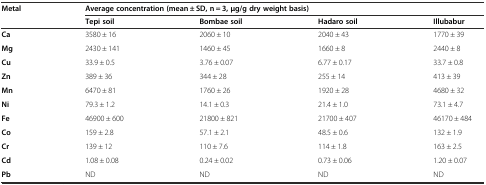
| <ROWSPAN=2> Metal | <COLSPAN=4> Average concentration (mean ± SD, n = 3, μg/g dry weight basis) |
 | Tepi soil | Bombae soil | Hadaro soil | Illubabur |
 | --- | --- | --- | --- | --- |
 | Ca | 3580 ± 16 | 2060 ± 10 | 2040 ± 43 | 1770 ± 39 |
 | Mg | 2430 ± 141 | 1460 ± 45 | 1660 ± 8 | 2440 ± 8 |
 | Cu | 33.9 ± 0.5 | 3.76 ± 0.07 | 6.77 ± 0.17 | 33.7 ± 0.8 |
 | Zn | 389 ± 36 | 344 ± 28 | 255 ± 14 | 413 ± 39 |
 | Mn | 6470 ± 81 | 1760 ± 26 | 1920 ± 28 | 4680 ± 32 |
 | Ni | 79.3 ± 1.2 | 14.1 ± 0.3 | 21.4 ± 1.0 | 73.1 ± 4.7 |
 | Fe | 46900 ± 600 | 21800 ± 821 | 21700 ± 407 | 46170 ± 484 |
 | Co | 159 ± 2.8 | 57.1 ± 2.1 | 48.5 ± 0.6 | 132 ± 1.9 |
 | Cr | 139 ± 12 | 110 ± 7.6 | 114 ± 1.8 | 163 ± 2.5 |
 | Cd | 1.08 ± 0.08 | 0.24 ± 0.02 | 0.73 ± 0.06 | 1.20 ± 0.07 |
 | Pb | ND | ND | ND | ND |